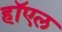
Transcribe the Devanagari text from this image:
हॉएल